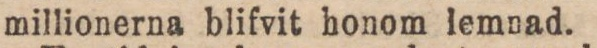
millionerna blifvit honom lemnad.